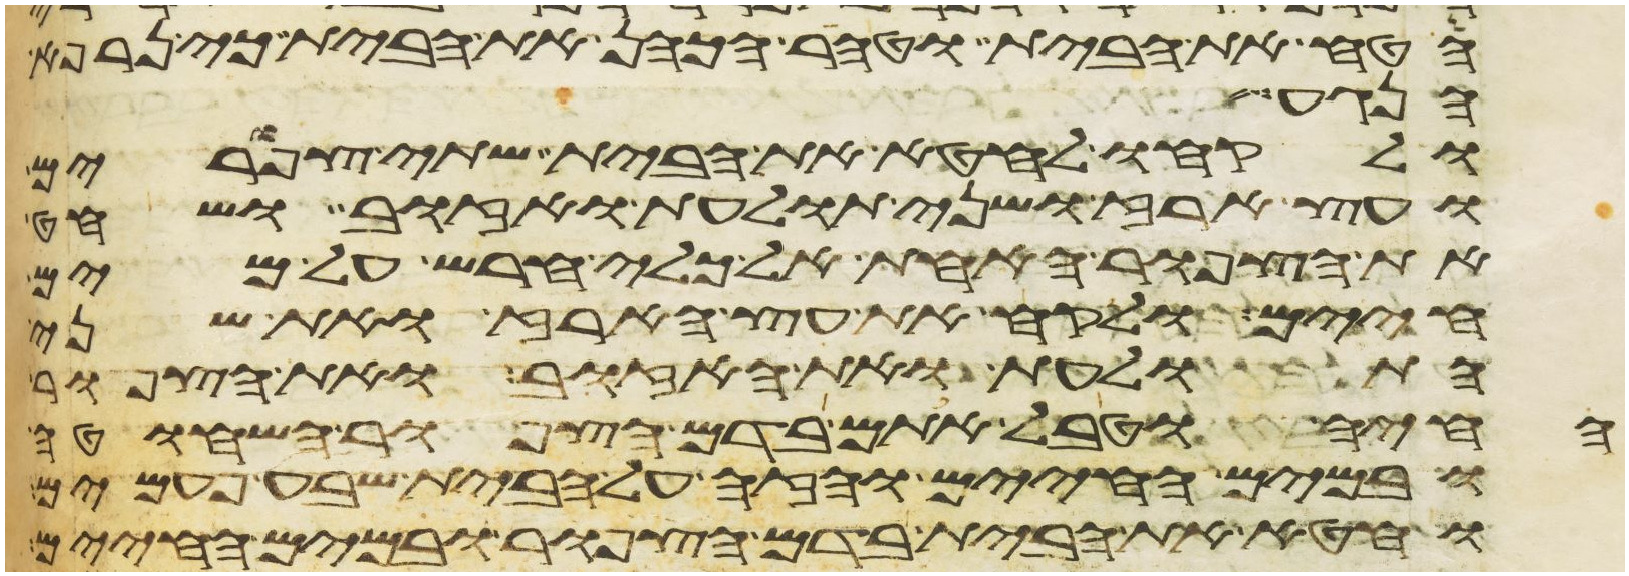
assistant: הטח את הבית וטהר הכהן את הבית כי נרפא
הנגע
ולקחו לחטא את הבית שתי צפורים
ועץ ארז ושני תולעת ואזוב ושחט
את הצפור האחת אל כלי חרש על מים
חיים ולקח את עץ הארז ואת שני
התולעת ואת האזוב ואת הצפור
החיה וטבל אתם בדם הצפור השחוטה
ובמים החיים והזה על הבית שבע פעמים
וחטא את הבית בדם הצפור ובמים החיים